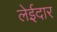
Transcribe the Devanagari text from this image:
लेईदार